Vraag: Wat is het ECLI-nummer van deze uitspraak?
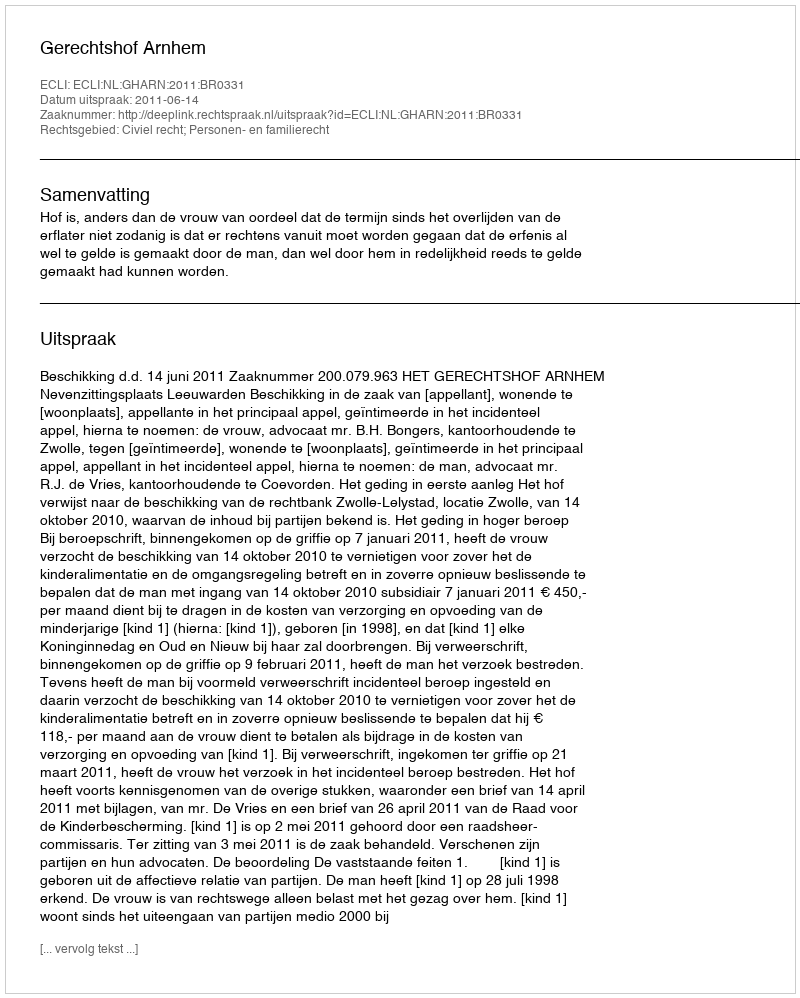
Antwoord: ECLI:NL:GHARN:2011:BR0331